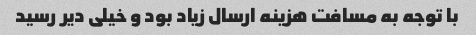
با توجه به مسافت هزینه ارسال زیاد بود و خیلی دیر رسید